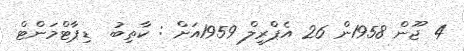
4 ޖޫން 1958ން 26 އެޕްރީލް 1959އަށް : ކާތިބު  ޑިޕާޓްމަންޓް